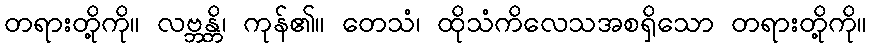
တရားတို့ကို။ လဗ္ဘန္တိ၊ ကုန်၏။ တေသံ၊ ထိုသံကိလေသအစရှိသော တရားတို့ကို။